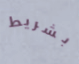
بشريط